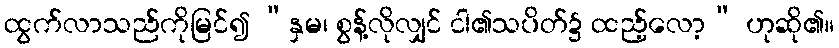
ထွက်လာသည်ကိုမြင်၍ “နှမ၊ စွန့်လိုလျှင် ငါ၏သပိတ်၌ ထည့်လော့” ဟုဆို၏။